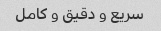
سریع و دقیق و کامل